Plague in India, 1896, 1897 - Volume 1
Year: 1896
Disease focus: Plague
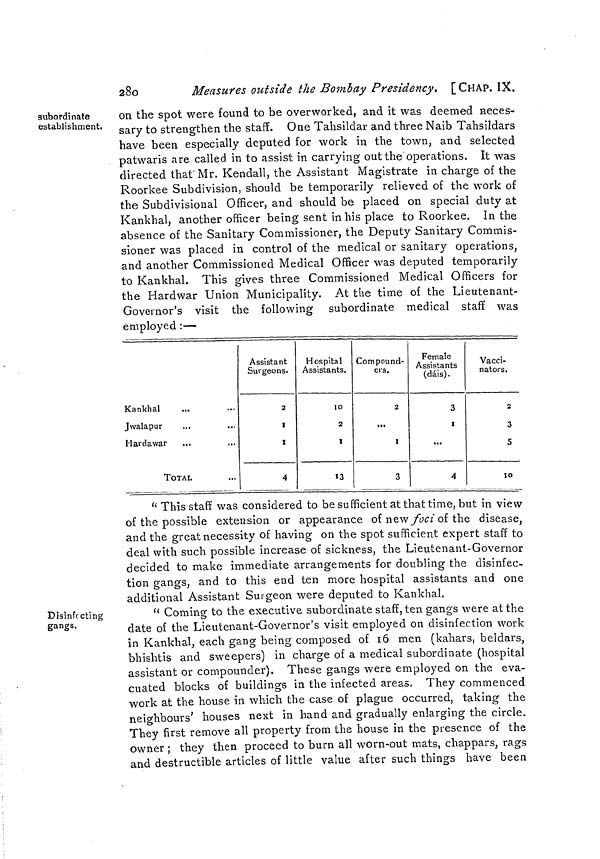
280
Measures outside the Bombay Presidency. [CHAP. IX.
subordinate
establishment.
on the spot were found to be overworked, and it was deemed neces-
sary to strengthen the staff. One Tahsildar and three Naib Tahsildars
have been especially deputed for work in the town, and selected
patwaris are called in to assist in carrying out the operations. It was
directed that' Mr. Kendall, the Assistant Magistrate in charge of the
Roorkee Subdivision, should be temporarily relieved of the work of
the Subdivisional Officer, and should be placed on special duty at
Kankhal, another officer being sent in his place to Roorkee. In the
absence of the Sanitary Commissioner, the Deputy Sanitary Commis-
sioner was placed in control of the medical or sanitary operations,
and another Commissioned Medical Officer was deputed temporarily
to Kankhal. This gives three Commissioned Medical Officers for
the Hardwar Union Municipality. At the time of the Lieutenant-
Governor's visit the following subordinate medical staff was
employed :—
Kankhal
Jwalapur
Hardawar
TOTAL
Assistant
Surgeons.
2
I
I
4
Hospital
Assistants.
10
2
I
13
Compound-
ers.
2
...
I
3
Female
Assistants
(dais).
3
1
...
4
Vacci-
nators.
2
3
5
10
" This staff was considered to be sufficient at that time, but in view
of the possible extension or appearance of new foci of the disease,
and the great necessity of having on the spot sufficient expert staff to
deal with such possible increase of sickness, the Lieutenant-Governor
decided to make immediate arrangements for doubling the disinfec-
tion gangs, and to this end ten more hospital assistants and one
additional Assistant Surgeon were deputed to Kankhal.
Disinfecting
gangs.
" Coming to the executive subordinate staff, ten gangs were at the
date of the Lieutenant-Governor's visit employed on disinfection work
in Kankhal, each gang being composed of 16 men (kahars, beldars,
bhishtis and sweepers) in charge of a medical subordinate (hospital
assistant or compounder). These gangs were employed on the eva-
cuated blocks of buildings in the infected areas. They commenced
work at the house in which the case of plague occurred, taking the
neighbours' houses next in hand and gradually enlarging the circle.
They first remove all property from the house in the presence of the
owner ; they then proceed to burn all worn-out mats, chappars, rags
and destructible articles of little value after such things have been